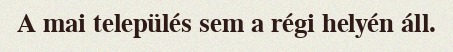
A mai település sem a régi helyén áll.